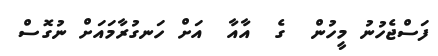
ފަސްޖެހުނު މީހުން  ގެ  އާއާ  އަށް ހަނގުރާމައަށް ނުގޮސް